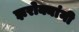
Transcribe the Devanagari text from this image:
झरोक्यांनी